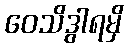
ဝေသိဒွါရမှိ